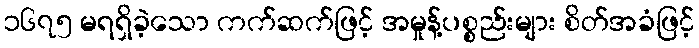
၁၆၇၅ မရရှိခဲ့သော ကက်ဆက်ဖြင့် အမှုန့်ပစ္စည်းများ စိတ်အခံဖြင့်